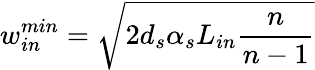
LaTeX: w_{in}^{min}=\sqrt{2d_{s}\alpha_{s}L_{in}\frac{n}{n-1}}